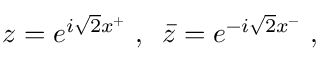
z = e ^ { i \sqrt 2 x ^ { + } } \; , \; \; \bar { z } = e ^ { - i \sqrt 2 x ^ { - } } \; ,